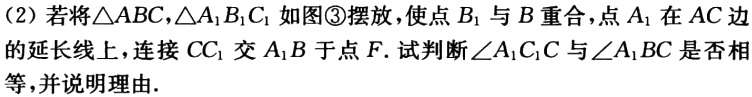
（2）若将\(\triangle ABC\)，\(\triangle A_{1}B_{1}C_{1}\)如图\textcircled{3}摆放，使点\(B_{1}\)与\(B\)重合，点\(A_{1}\)在\(AC\)边的延长线上，连接\(CC_{1}\)交\(A_{1}B\)于点\(F\). 试判断\(\angle A_{1}C_{1}C\)与\(\angle A_{1}BC\)是否相等，并说明理由.